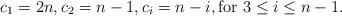
LaTeX: \begin{gather*}c_1=2n,c_2=n-1,c_i=n-i,\mathrm{for}\ 3\le i\le n-1.\end{gather*}